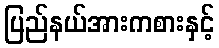
ပြည်နယ်အားကစားနှင့်